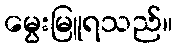
မွေးမြူရသည်။